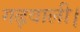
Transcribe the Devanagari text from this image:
गढ़वाली।